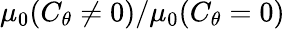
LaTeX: \mu_{0}(C_{\theta}\neq 0)/\mu_{0}(C_{\theta}=0)